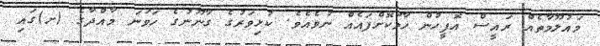
މައުލޫމާތެއް ރައީސް އޮފީހުން ހާމަކޮށްފައެއް ނުވެއެވެ. ކުޅިވަރުގެ ގާނޫނުގެ ހަވަނަ މާއްދާގެ (ށ)ގައި